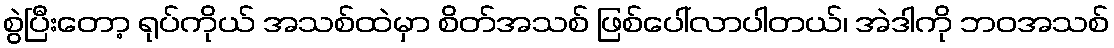
စွဲပြီးတော့ ရုပ်ကိုယ် အသစ်ထဲမှာ စိတ်အသစ် ဖြစ်ပေါ်လာပါတယ်၊ အဲဒါကို ဘဝအသစ်